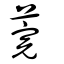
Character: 莞